Calcutta medical institutions reports 1879-81 [i.e.91]
Year: 1879
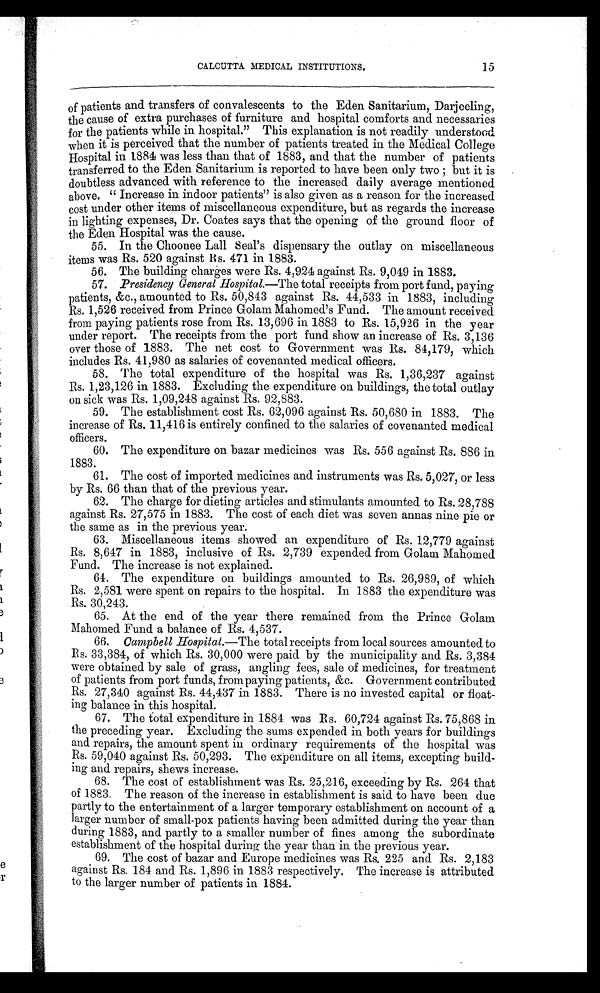
e
r
CALCUTTA MEDICAL INSTITUTIONS .
15
of patients and transfers of convalescents to the Eden Sanitarium, Darjeeling,
the cause of extra purchases of furniture and hospital comforts and necessaries
for the patients while in hospital.” This explanation is not readily understood
when it is perceived that the number of patients treated in the Medical College
Hospital in 1884 was less than that of 1883, and that the number of patients
transferred to the Eden Sanitarium is reported to have been only two ; but it is
doubtless advanced with reference to the increased daily average mentioned
above. “Increase in indoor patients” is also given as a reason for the increased
cost under other items of miscellaneous expenditure, but as regards the increase
in lighting expenses, Dr. Coates says that the opening of the ground floor of
the Eden Hospital was the cause.
55. In the Choonee Lall Seal’s dispensary the outlay on miscellaneous
items was Rs. 520 against Rs. 471 in 1883.
56. The building charges were Rs. 4,924 against Rs. 9,049 in 1883.
57. Presidency General Hospital.—The total receipts from port fund, paying
patients, &c., amounted to Rs. 50,843 against Rs. 44,533 in 1883, including
Rs. 1,526 received from Prince Golam Mahomed’s Fund. The amount received
from paying patients rose from Rs. 13,696 in 1883 to Rs. 15,926 in the year
under report. The receipts from the port fund show an increase of Rs. 3,136
over those of 1883. The net cost to Government was Rs. 84,179, which
includes Rs. 41,980 as salaries of covenanted medical officers.
58. The total expenditure of the hospital was Rs. 1,36,237 against
Rs. 1,23,126 in 1883. Excluding the expenditure on buildings, the total outlay
on sick was Rs. 1,09,248 against Rs. 92,883.
59. The establishment cost Rs. 62,096 against Rs. 50,680 in 1883. The
increase of Rs. 11,416 is entirely confined to the salaries of covenanted medical
officers.
60. The expenditure on bazar medicines was Rs. 556 against Rs. 886 in
1883.
61. The cost of imported medicines and instruments was Rs. 5,027, or less
by Rs. 66 than that of the previous year.
62. The charge for dieting articles and stimulants amounted to Rs. 28,788
against Rs. 27,575 in 1883. The cost of each diet was seven annas nine pie or
the same as in the previous year.
63. Miscellaneous items showed an expenditure of Rs. 12,779 against
Rs. 8,647 in 1883, inclusive of Rs. 2,739 expended from Golam Mahomed
Fund. The increase is not explained.
64. The expenditure on buildings amounted to Rs. 26,989, of which
R s . 2 , 5 8 1 w e r e s p e n t o n r e p a i r s t o t h e h o s p i t a l . I n 1 8 8 3 t h e e x p e n d i t u r e w a s
Rs. 30,243.
65. At the end of the year there remained from the Prince Golam
Mahomed Fund a balance of Rs. 4,537.
66. Campbell Hospital.—The total receipts from local sources amounted to
R s . 3 3 , 3 8 4 , o f w h i c h R s . 3 0 , 0 0 0 w e r e p a i d b y t h e m u n i c i p a l i t y a n d R s . 3 , 3 8 4
were obtained by sale of grass, angling fees, sale of medicines, for treatment
of patients from port funds, from paying patients, &c. Government contributed
Rs. 27,340 against Rs. 44,437 in 1883. There is no invested capital or float-
ing balance in this hospital.
67. The total expenditure in 1884 was Rs. 60,724 against Rs. 75,868 in
the preceding year. Excluding the sums expended in both years for buildings
and repairs, the amount spent in ordinary requirements of the hospital was
Rs. 59,040 against Rs. 50,293. The expenditure on all items, excepting build--
ing and repairs, shews increase.
68. The cost of establishment was Rs. 25,216, exceeding by Rs. 264 that
of 1883. The reason of the increase in establishment is said to have been due
partly to the entertainment of a larger temporary establishment on account of a
larger number of small-pox patients having been admitted during the year than
during 1883, and partly to a smaller number of fines among the subordinate
establishment of the hospital during the year than in the previous year.
69. The cost of bazar and Europe medicines was Rs. 225 and Rs. 2,183
against Rs. 184 and Rs. 1,896 in 1883 respectively. The increase is attributed
to the larger number of patients in 1884.